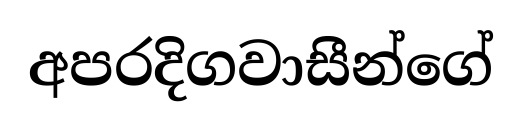
අපරදිගවාසීන්ගේ